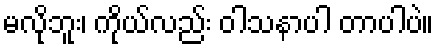
မလိုဘူး၊ ကိုယ်လည်း ဝါသနာပါ တာပါပဲ။